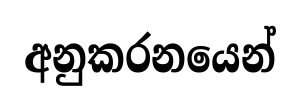
අනුකරනයෙන්